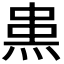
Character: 𤊌